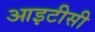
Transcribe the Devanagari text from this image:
आइटीसी